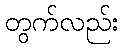
တွက်လည်း